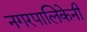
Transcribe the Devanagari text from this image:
नगरपालिकेनी